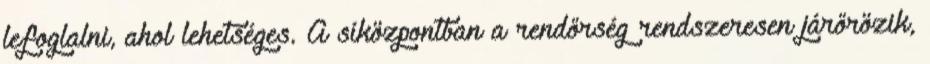
lefoglalni, ahol lehetséges. A síközpontban a rendőrség rendszeresen járőrözik,